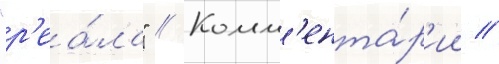
"р'еа́ла" // Комм'ента́р'ии //